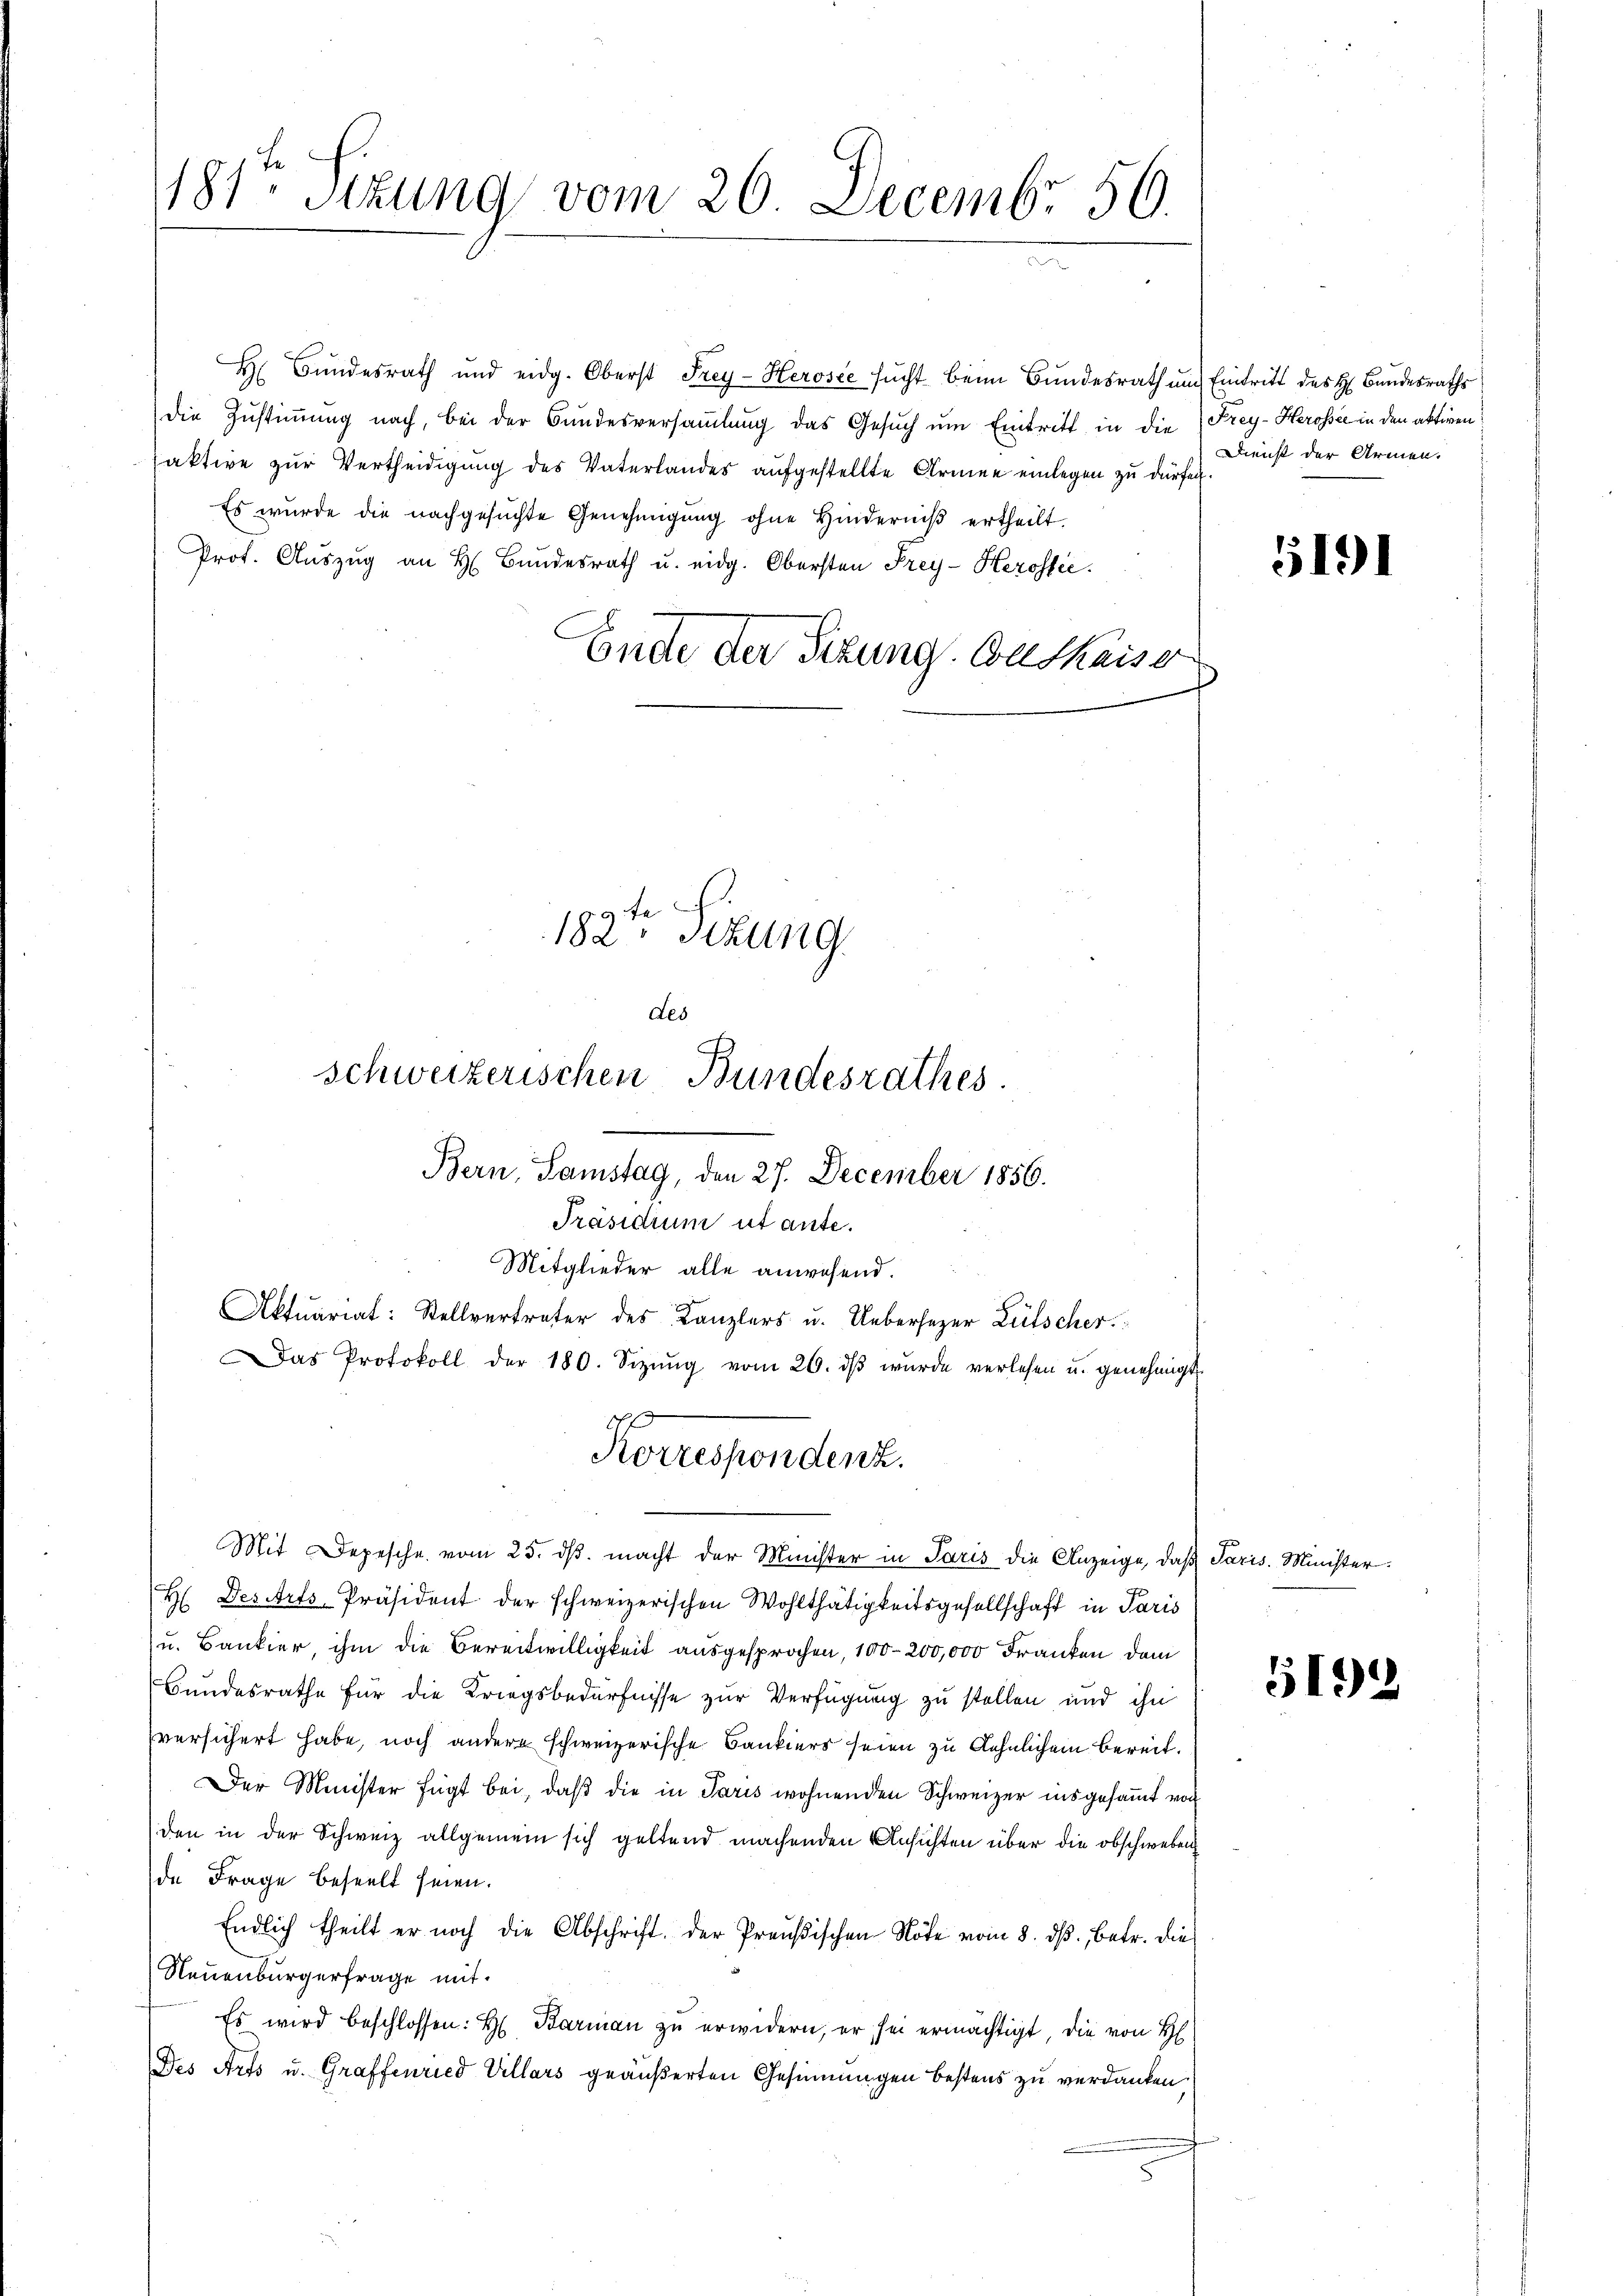
181ten Sizung vom 26. Decembr. 50.

H Bundesrath und eidg. Oberst Frey-Herosée sucht beim Bundesrath um Eintritt des H. Bandesraths
die Zustimmung nach, bei der Bundesversammlung das Gesŭch ŭm Eintritt in die Frey-Herossee in den aktiven
faktive zur Vertheidigung des Vaterlandes aufgestellte Armee einlegen zu dürfen
Es wurde die nachgesŭchte Genehmigŭng ohne Hinderniß ertheilt.
Prof. Auszug an H. Bundesrath u. eidg. Obersten Frey-Herossec.
Ende der Sitzung. Guthaise
182ten Sizung

Bern, Samstag, den 27. December 1856.
Präsidium ut ante.

Les
schweizerischen Bundesrathes.

Mit Depesche vom 25. dβ. macht der Minister in Paris die Anzeige, daß Paris. Minister¬
H. Des Arts-Präsident der schweizerischen Wohlthätigkeitsgesellschaft in Paris
u. Bankier, ihm die Bereitwilligkeit ausgesprochen, 100-200,000 Franken dem
Bundesrathe für die Kriegsbedürfnisse zur Verfügung zu stellen und ihn
versichert habe, noch andere schweizerische Bankiers seien zu Aehnlichem bereit¬
Der Minister fügt bei, daß die in Paris wohnenden Schweizer insgesamt von
den in der Schweiz allgemein sich geltend machenden Ansichten über die obschweben
de Frage beseelt seien.
Endlich theilt er noch die Abschrift der Preŭβischen Note vom 8. dβ. betr. die
Neuenburgerfrage mit.
Es wird beschlossen: H. Barmaṅ zŭ erwidern, er sei ermächtigt, die von H
Des Art u. Graffenried Villars geäußerten Gesinnungen bestens zu verdanken.

Mitglieder alle anwesend.
Aktuariat: Stellvertreter des Kanzlers u. Uebersezer Lütscher.
Das Protokoll der 180. Sizŭng vom 26. dβ wŭrde verlesen u. genehmigt.
off
Korrespondenz.

Dienst der Armen.

5191

5192